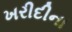
ખરીદીના